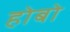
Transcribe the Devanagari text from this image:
होबो